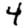
Digit: 4